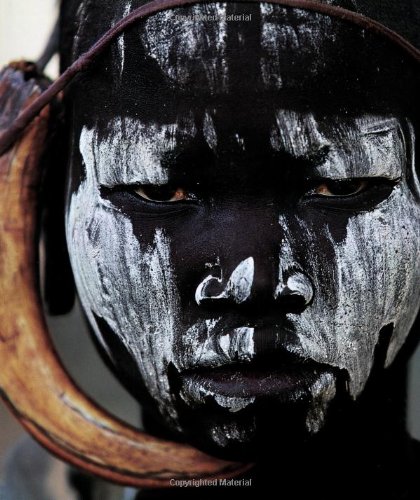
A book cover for The Last African Warriors; Gianni Giansanti; Travel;